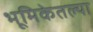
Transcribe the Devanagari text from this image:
भूमिकेतल्या